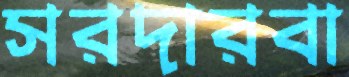
সরদারবা